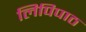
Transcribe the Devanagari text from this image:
लिपिपाठ